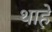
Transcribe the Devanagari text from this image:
थाहे